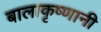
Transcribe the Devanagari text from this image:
बालाकृष्णानी